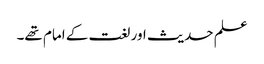
علم حدیث اور لغت کے امام تھے۔